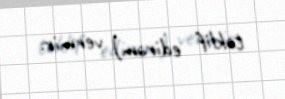
təklif edirəm) vermir.